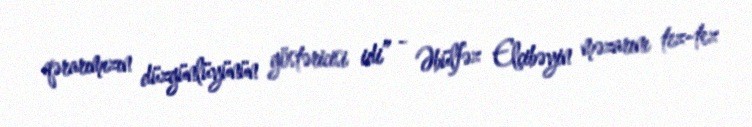
qərarımızın düzgünlüyünün göstəricisi idi” - Əbülfəz Elçibəyin məzarını tez-tez